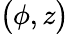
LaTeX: \bigl(\phi,z\bigr)